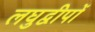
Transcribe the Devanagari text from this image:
लघुद्वीपों